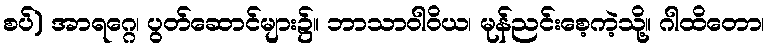
စပ်) အာရဂ္ဂေ၊ ပွတ်ဆောင်များ၌။ ဘာသာဝါဝိယ၊ မုန်ညင်းစေ့ကဲ့သို့။ ဂါထိတော၊